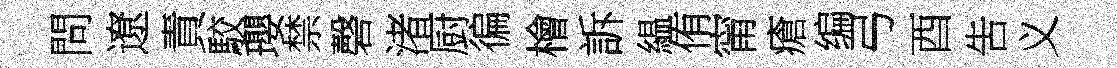
問遼責駮瓔禁磬渚厨徧檜訴緼侑甯瘡编弓酉吿义